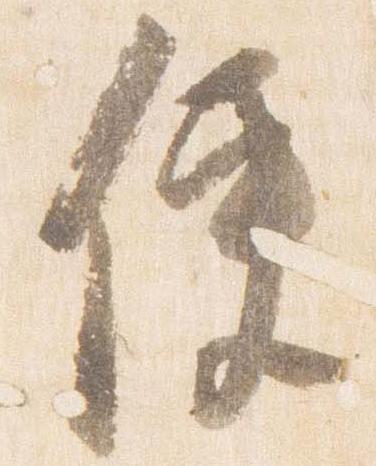
便